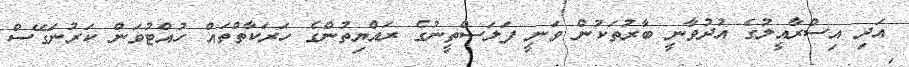
އަދި އިސްރާއީލުގެ އުދުވާނީ ބާރުތަކުން ވަނީ ފަލަސްތީނުގެ ރައްޔިތުންގެ ހަރަކާތްތައް ހުއްޓުވަން ކަރުނަގޭސް